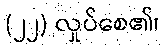
(၂၂) လှုပ်စေ၏၊